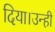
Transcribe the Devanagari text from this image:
दिया।उन्ही